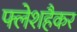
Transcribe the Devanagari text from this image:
फ्लेशहैकर